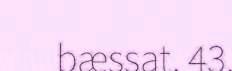
bæssat. 43.